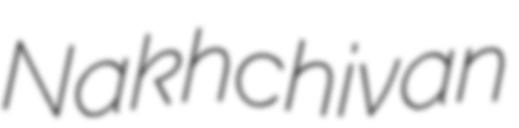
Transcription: Nakhchivan